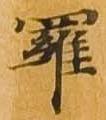
羅